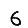
Digit: 6